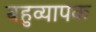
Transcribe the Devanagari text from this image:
बहुव्यापक